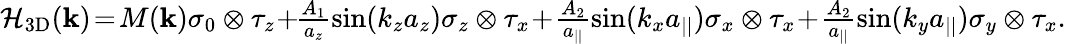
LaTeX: \begin{array}{r}{{\cal H}_{\mathrm{3D}}({\mathbf k})\! =\! M({\mathbf k})\sigma_{0}\otimes\tau_{z}\! +\! \! \frac{A_{1}}{a_{z}}\sin(k_{z}a_{z})\sigma_{z}\otimes\tau_{x}\! +\! \frac{A_{2}}{a_{||}}\sin(k_{x}a_{||})\sigma_{x}\otimes\tau_{x}\! +\! \frac{A_{2}}{a_{||}}\sin(k_{y}a_{||})\sigma_{y}\otimes\tau_{x}.}\end{array}